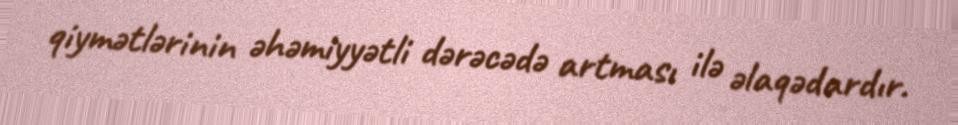
qiymətlərinin əhəmiyyətli dərəcədə artması ilə əlaqədardır.